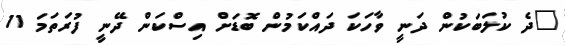
"ދެ ކުލަބަކުން ދަނީ ވާހަކަ ދައްކަމުން ބޮޑަށް އިސްކަން ދޭނީ ފުރަތަމަ 11